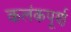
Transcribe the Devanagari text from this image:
कलंकपूर्ण